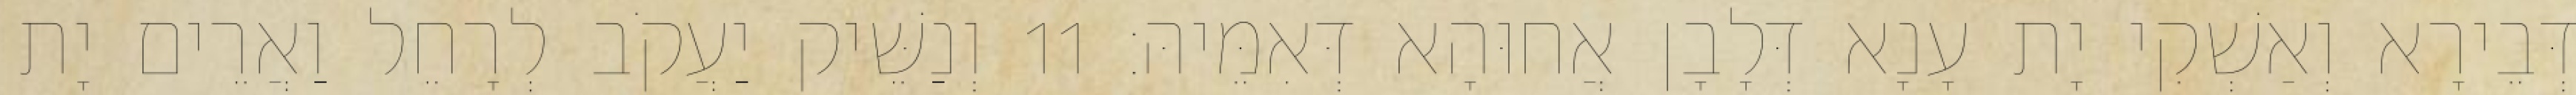
דְּבֵירָא וְאַשְׁקִי יָת עָנָא דְּלָבָן אֲחוּהָא דְּאִמֵּיהּ׃ 11 וְנַשֵּׁיק יַעֲקֹב לְרָחֵל וַאֲרֵים יָת